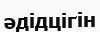
әдідцігін